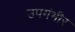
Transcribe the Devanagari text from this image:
उपगंभीर